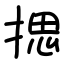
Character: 揌